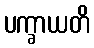
ပက္ခာယတိ